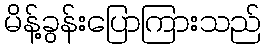
မိန့်ခွန်းပြောကြားသည်